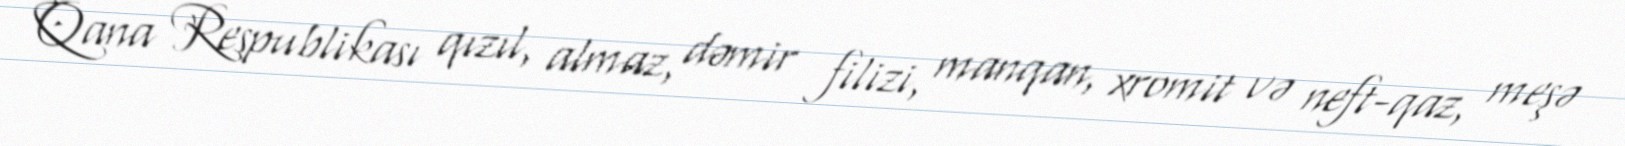
Qana Respublikası qızıl, almaz, dəmir filizi, manqan, xromit və neft-qaz, meşə